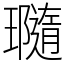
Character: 瓍